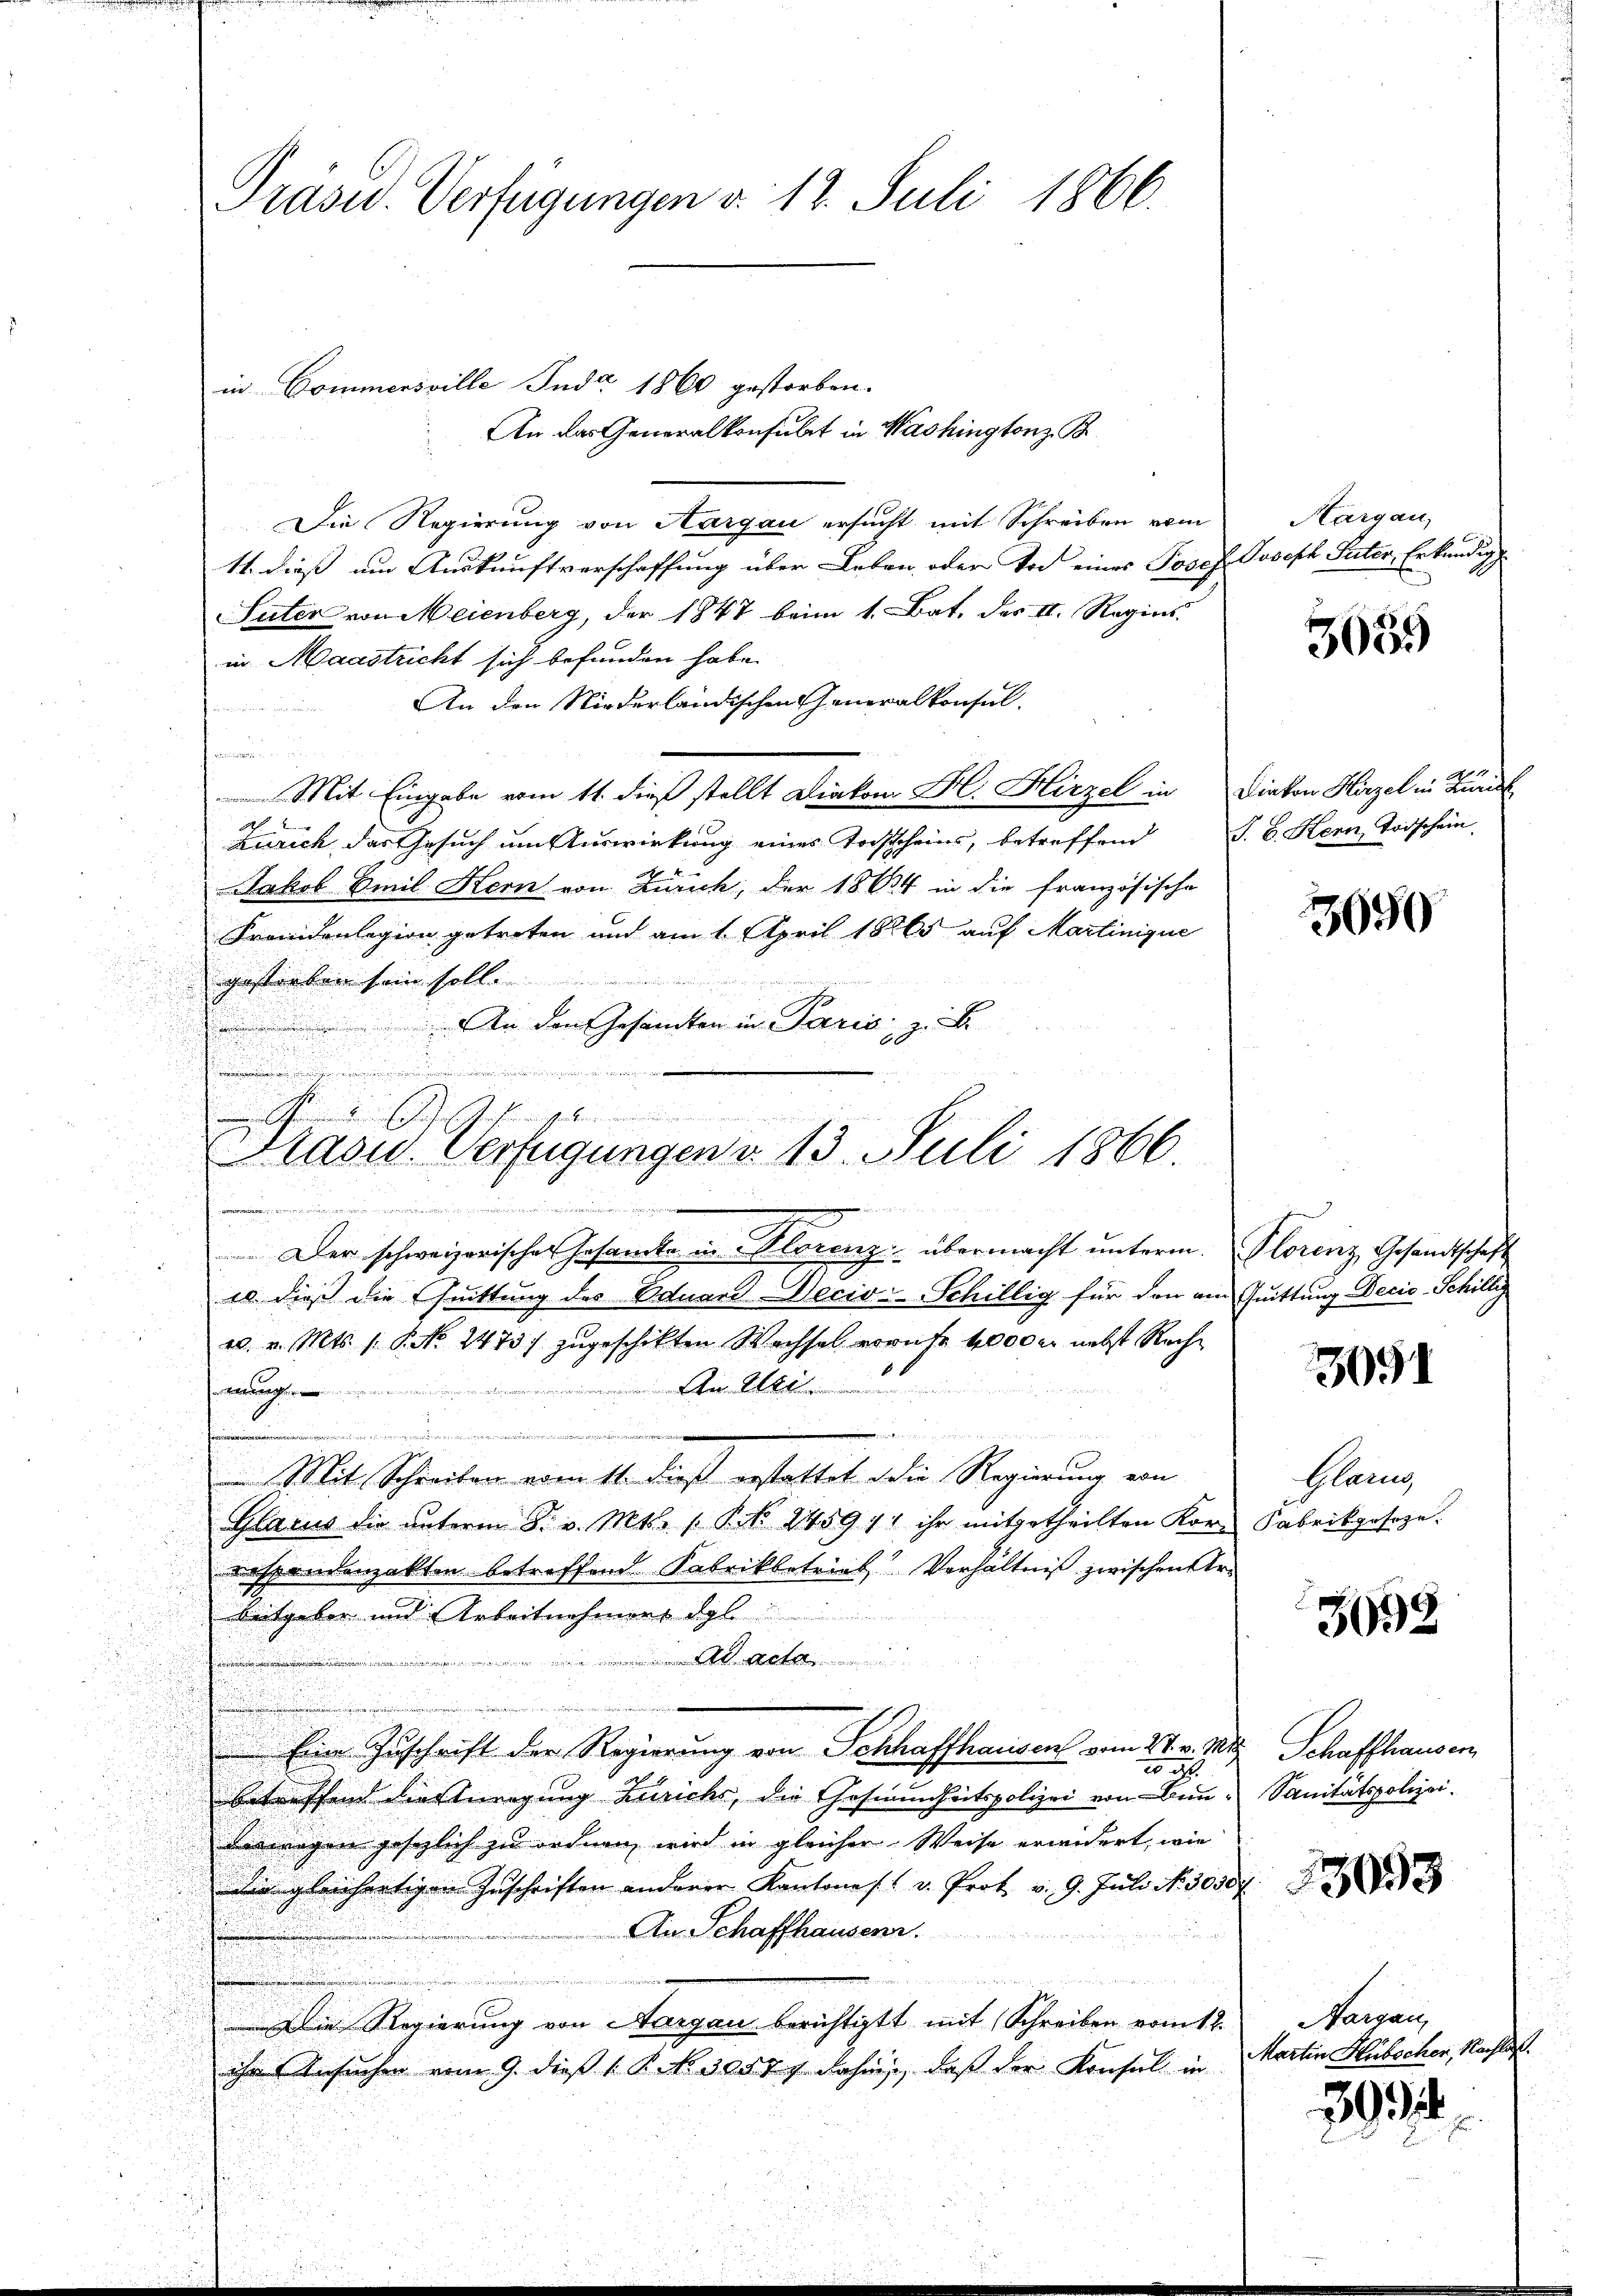
Präsid. Verfügungen d. 12. Juli 1866.

in Commersville Juda 1860 gestorben.
An das Generalkonsulat in Washingtonz B
Die Regierung von Aargau ersucht mit Schreiben vom
11. dieß um Auskunftverschaffung über Leben oder Tod eines Josef Joseph Peter, Erkundig
Suter von Meienberg, der 1847 beim 1. Bat. des II. Regins.
in Maastricht sich befunden habe.
An den Niederländischen Generalkonsul-
a
Mit Eingabe vom 11. dieß stellt Diakon H. Hirzel in Diakon Hirzel in Bund
Zürich, das Gesuch um Auswirkung eines Tochscheins, betreffend
Jakob Emil Hern von Zürich, der 1864 in die französische
Fremdenlegion getreten und am 1. April 18865 auf Martinique
gestorben sein soll.

An den Gesandten in Paris, z. B.
u
.
Der schweizerische Gesamte in Florenz übermacht unterm Florenz Gesandtschaft
10 dieß die Quittung des Eduard Decio-Schillig für den am Quittung Decis-Schillig
u. v. Mts. 1. P. No. 2473) zugeschikten Wachsel errufe 4000 M nebst Rech
An Alt
weng
e
sie ich
Mit Schreiben vom 11. dieß gestattet die Regierung von
Glarus die unterm 8. v. Mts. (T. N. 245911 ihr mitgetheilten Kor Fabrikposoze.
i
respondenzakten betreffend Fabrikbetrieb Verhältniß zwischen Arbeitgeben und Arbeitnehmens dgl.
Ad Acta
Ein Zuschrift der Regierung von Schhaffhausen vom 27. v. Mts
20 d
betreffend dieseneigung Zürichs, die Gesundheitspolizei von Bunderwegen gesezlich zu ordnen wird in gleicher Weise erwidert, wie
Die gleichertigen Zuschriften anderer Kantone / v. Prot. v. 9. Juli N. 30307
An Schaffhausenr.
, e g vernennen man mit in an in e
Die Regierung von Aargau berichtigt mit Schreiben vom 12.
ihr Ansuchen vom 9. dieβ 1. P. Nr. 30577 dahin, daß der Konsul in

e
.
Rasu. Verfügungen v. 13. Juli 1866.

Margau,

3085

S. B. Kern, Todschein

3650

3091

Glanz

3092

Schaffhauser
Sanitätspolizei.

3053

Hargau,
Martin Hubechen, Nachlas.

304.